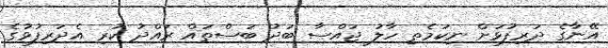
އޭނާގެ ދަރިފުޅަށް ނިކަމެތި ހާލު ޖައްސާ ބަދު ބަސްތައް ރައްދު ކުރި އެދަރިފުޅުގެ